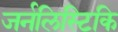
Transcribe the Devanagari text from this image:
जर्नलिस्टिकि